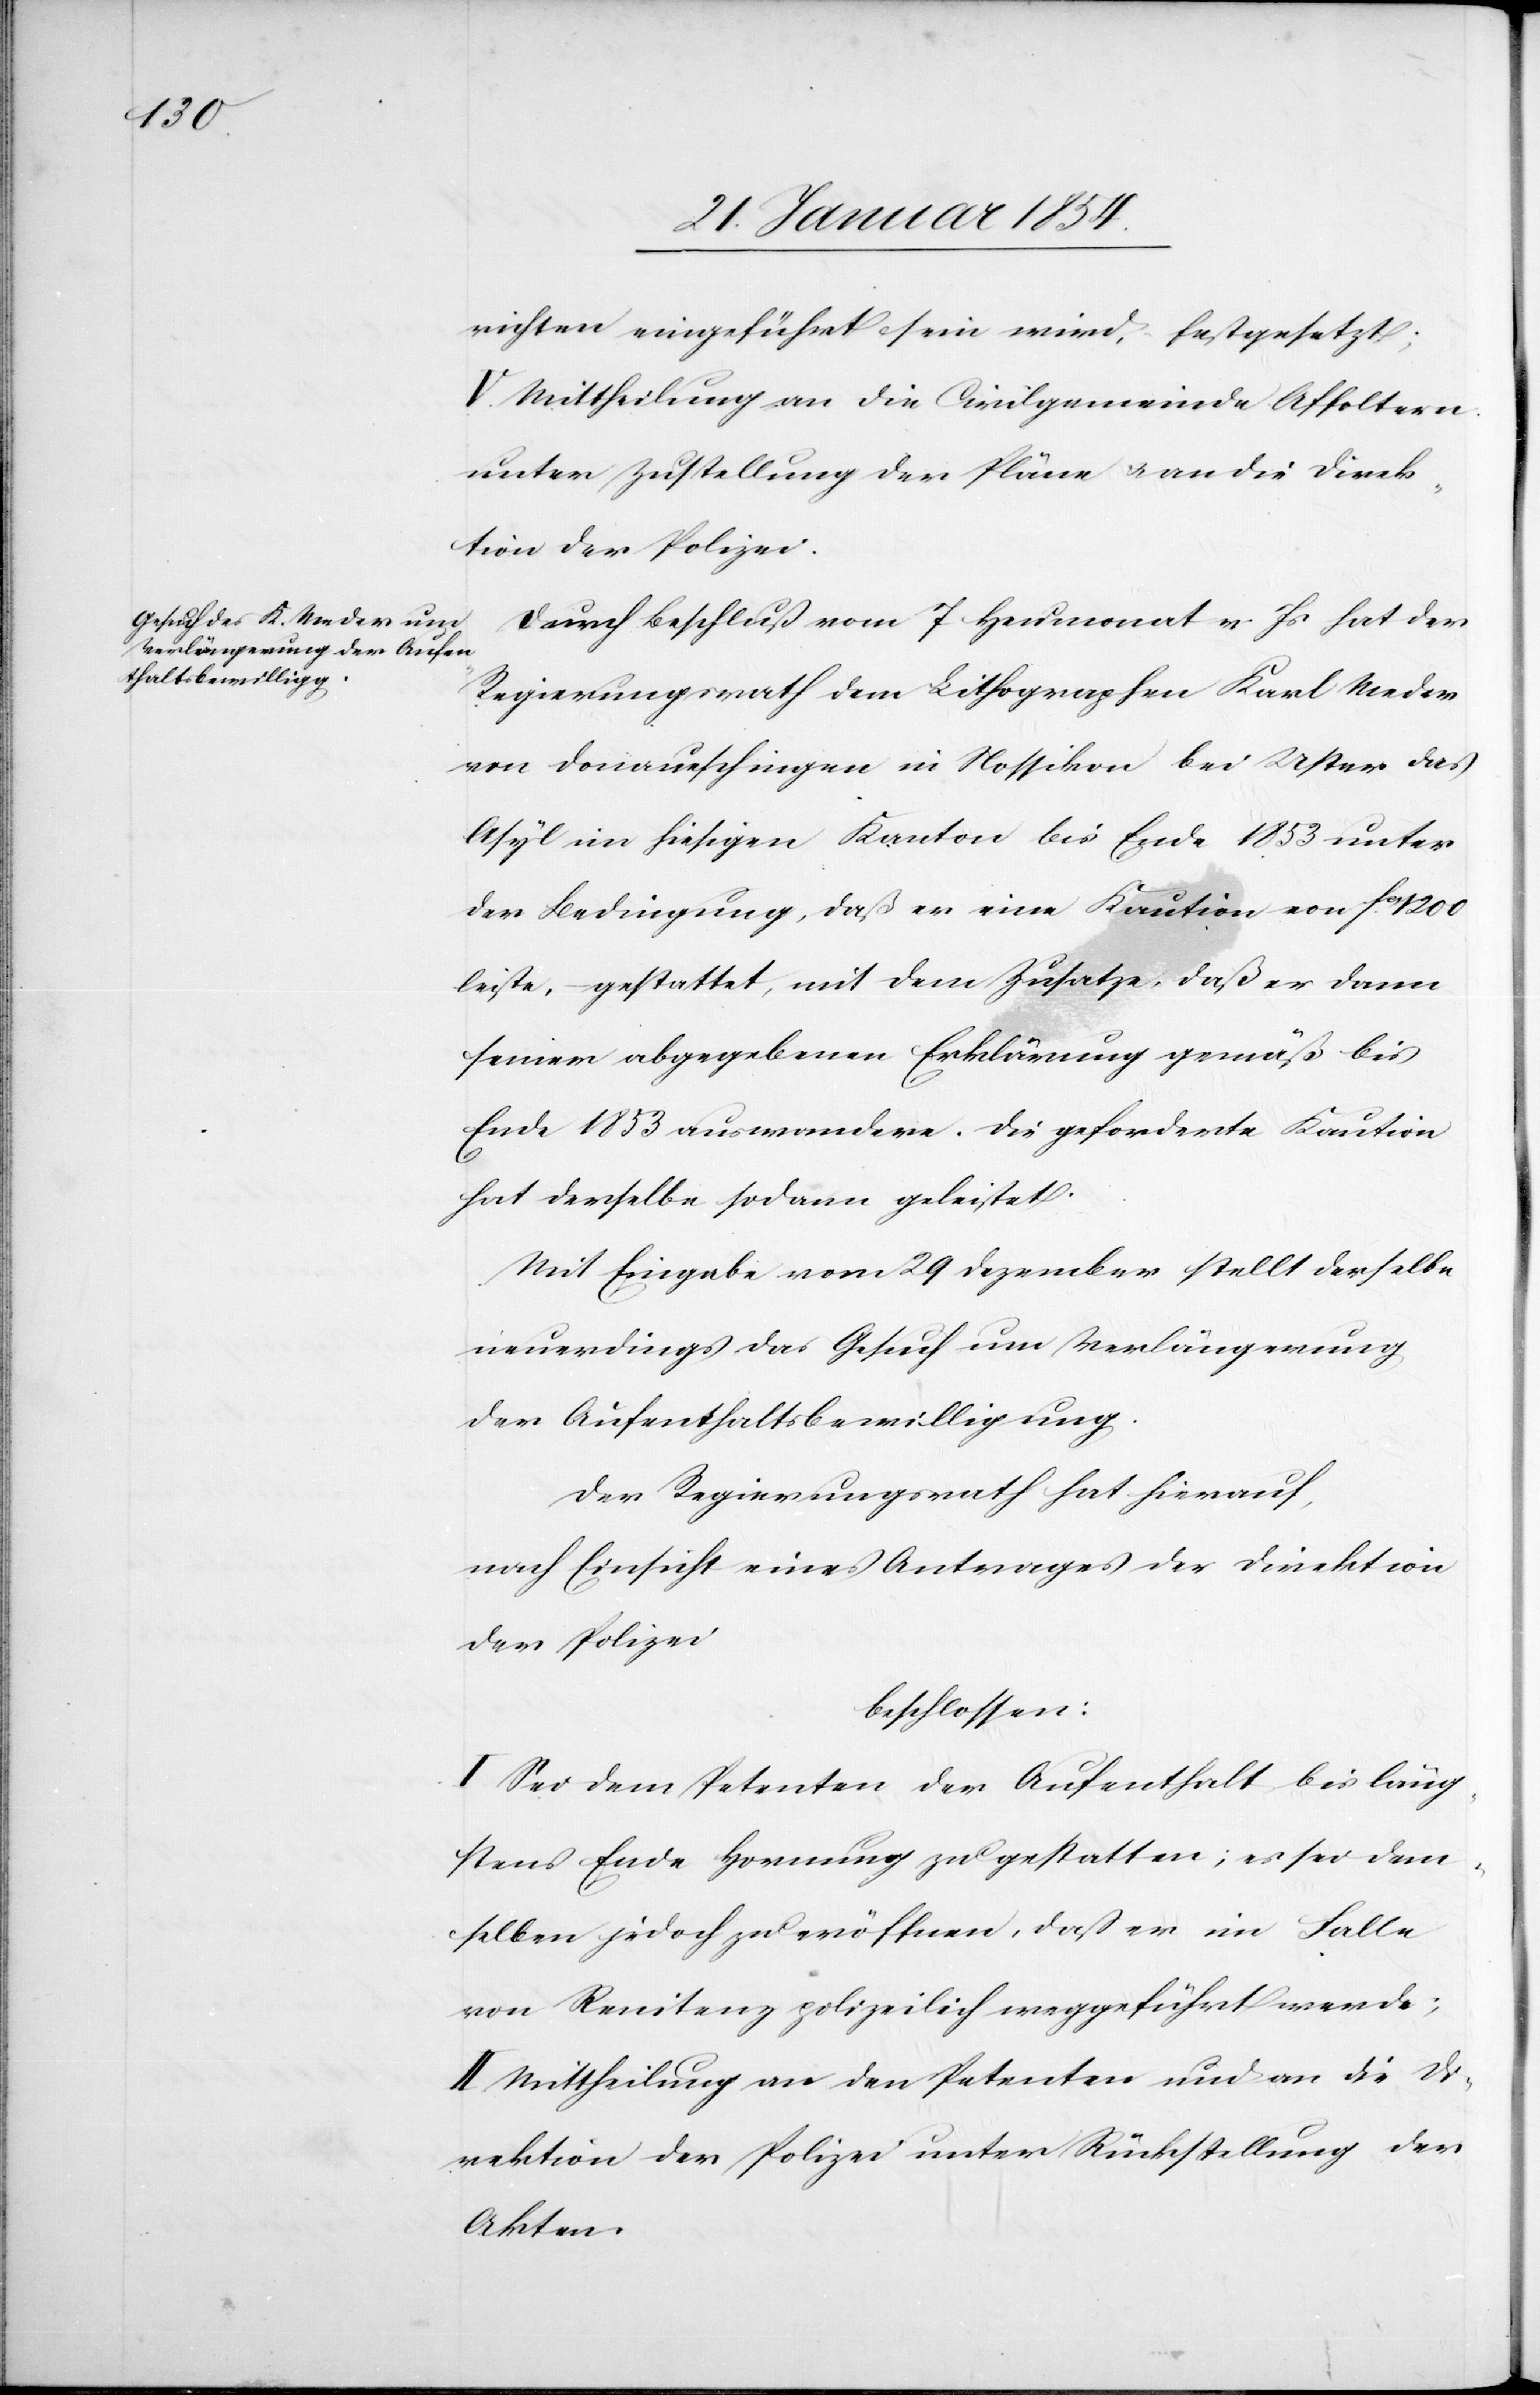
richten eingeführt sein wird, festgesetzt;
V. Mittheilung an die Civilgemeinde Affoltern
unter Zustellung der Pläne u. an die Direk¬
tion der Polizei.
Durch Beschluß vom 7 Heumonat v. Js hat der
Regierungsrath dem Lithographen Karl Weder
von Donaueschingen in Nossikon bei Uster das
Asyl im hiesigen Kanton bis Ende 1853 unter
der Bedingung, daß er eine Kaution von Fcs 1200
leiste, gestattet, mit dem Zusatze, daß er dann
seiner abgegebenen Erklärung gemäß bis
Ende 1853 auswandere. Die geforderte Kaution
hat derselbe sodann geleistet.
Mit Eingabe vom 29 Dezember stellt derselbe
neuerdings das Gesuch um Verlängerung
der Aufenthaltsbewilligung.
Der Regierungsrath hat hierauf,
nach Einsicht eines Antrages der Direktion
der Polizei,
beschlossen:
I. Sei dem Petenten der Aufenthalt bis läng¬
stens Ende Hornung zu gestatten; es sei dem¬
selben jedoch zu eröffnen, daß er im Falle
von Renitenz polizeilich weggeführt werde;
II. Mittheilung an den Petenten und an die Di¬
rektion der Polizei unter Rückstellung der
Akten.